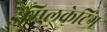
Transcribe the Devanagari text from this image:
इम्प्लिकेटिंग